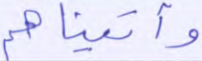
وآتيناهم